Indian Medical Review
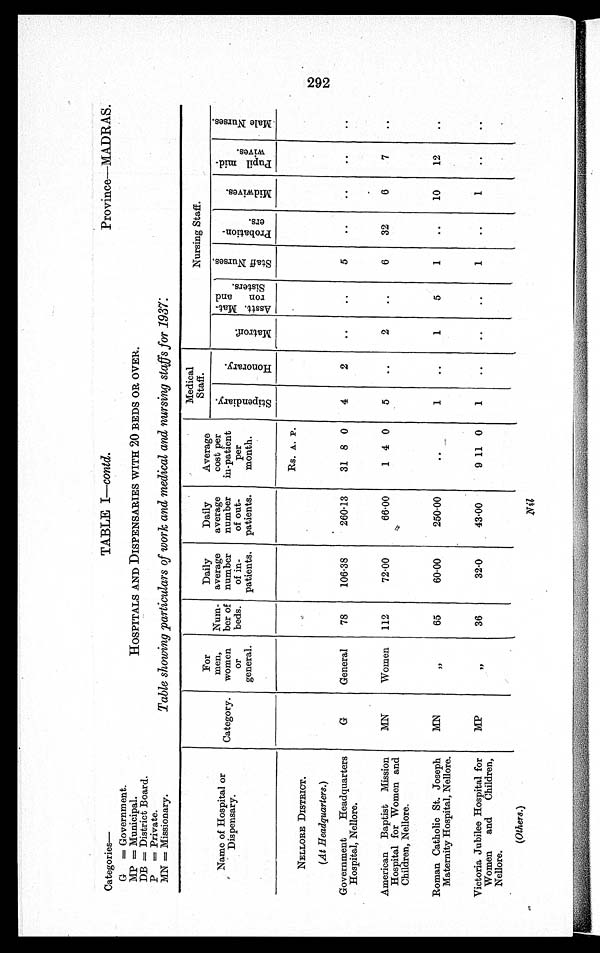
Categories—
TABLE I —contd.
Province—MADRAS.
G = Government.
MP = Municipal.
DB = District Board.
P = Private.
MN = Missionary.
HOSPITALS AND DISPENSARIES WITH 20 BEDS OR OVER.
Table showing particulars of work and medical and nursing staffs for 1937:
N a m e o f H o s p i t a l o r
D i s p e n s a r y
Category.
For
men,
women
Or
general.
Num-
ber of
beds.
Daily
average
number
of in-
patients.
Daily
average
number
of out-
patients.
Average
cost per
in-patient
per
month.
Medical
Staff
.
Nursing Staff.
S t i p e n d i a r y H o n o r a r y .
M a t r o r f . .
Asst. Mat-
ron and
Sisters.
S t a f f N u r s e s .
Probation-
ers.
M i d w i v e s .
P u p i l m i d -
w i v e s .
M a l e N u r s e s .
Rs. A. P.
NELLORE DISTRICT.
(At Headquarters.)
Government Headquarters
Hospital, Nellore.
G
General
78
106.38
260.13
31 8 0
4 2
...
...
5
...
...
...
...
American Baptist Mission
Hospital for Women and
Children, Nellore.
MN
Women
112
72.00
66.00
1 4 0
5
..
2
..
6
32
6
7
..
Roman Catholic St. Joseph
Maternity Hospital, Nellore.
MN
,,
65
60.00
250.00
. . .
1
..
1
5
1
..
10
12
..
Victoria Jubilee Hospital for
Women and Children,
Nellore.
MP
,,
36
32.0
43.00
9 11 0
1
..
..
..
1
..
1
..
..
(Others.)
N i l l